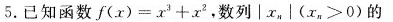
5.已知函数$$f ( x ) = x _ { 3 } + x _ { 2 }$$，数列$$│x_{n}|($$x _ { n } ≥ 0$$)的